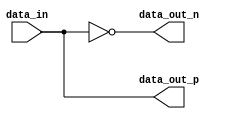
module differential_buffer (
    input wire data_in,
    output wire data_out_p,
    output wire data_out_n
);

// Buffer functionality
assign data_out_p = data_in;
assign data_out_n = ~data_in;

endmodule